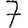
Digit: 7